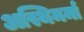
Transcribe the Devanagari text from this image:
अस्थिमर्मा